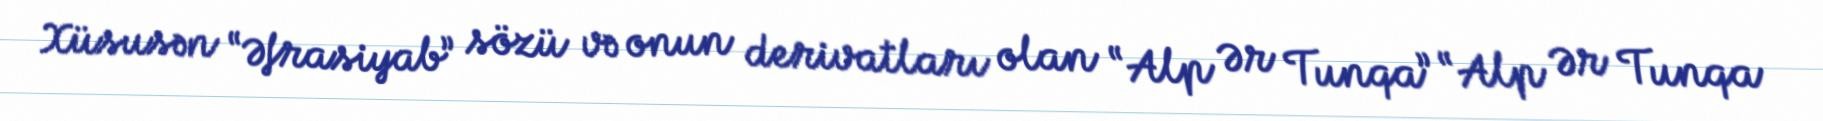
Xüsusən “Əfrasiyab” sözü və onun derivatları olan “Alp Ər Tunqa” “Alp Ər Tunqa